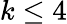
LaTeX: k\leq 4